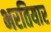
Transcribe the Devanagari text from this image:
भरतियार